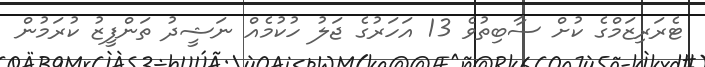
ޓެރަރިޒަމްގެ ކުށް ސާބިތުވެ 13 އަހަރުގެ ޖަލު ހުކުމެއް ނަޝީދު ތަންފީޒު ކުރަމުން